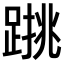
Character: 𨃑